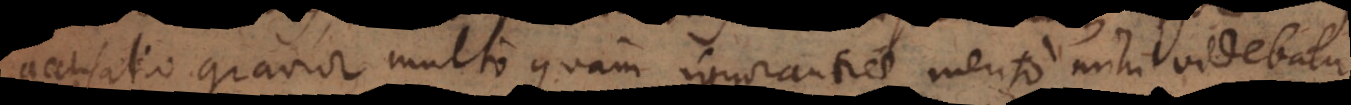
accusatio gravior multo quam ignorantiae merito mihi videbatur.